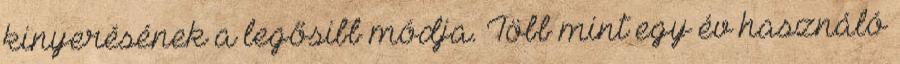
kinyerésének a legősibb módja. Több mint egy év használó